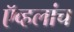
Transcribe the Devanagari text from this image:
ऍव्हलांच